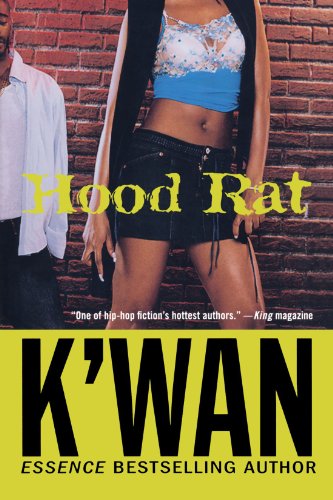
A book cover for Hood Rat: A Novel; K'wan; Literature & Fiction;